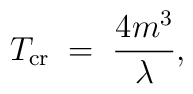
T_{\rm cr} \;=\; \frac{4m^3}{\lambda},